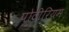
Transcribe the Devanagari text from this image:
पोटीरियम